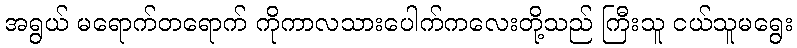
အရွယ် မရောက်တရောက် ကိုကာလသားပေါက်ကလေးတို့သည် ကြီးသူ ငယ်သူမရွေး